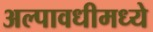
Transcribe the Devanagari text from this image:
अल्पावधीमध्ये